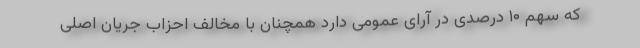
که سهم ۱۰ درصدی در آرای عمومی دارد همچنان با مخالف احزاب جریان اصلی